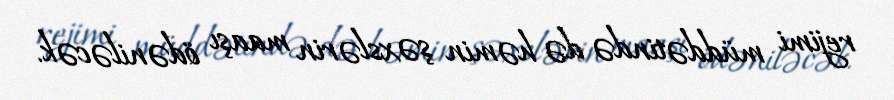
rejimi müddətində də həmin şəxslərin maaşı ödəniləcək.